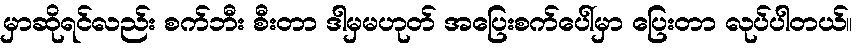
မှာဆိုရင်လည်း စက်ဘီး စီးတာ ဒါမှမဟုတ် အပြေးစက်ပေါ်မှာ ပြေးတာ လုပ်ပါတယ်။